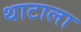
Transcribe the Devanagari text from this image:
थाटाला